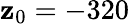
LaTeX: \mathbf{z}_{0}=-320